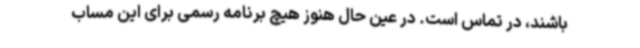
باشند، در تماس است. در عین حال هنوز هیچ برنامه رسمی برای این مساب